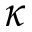
\kappa